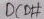
Text: DCD#